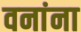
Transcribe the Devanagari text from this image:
वनांना